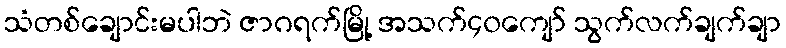
သံတစ်ချောင်းမပါဘဲ ဇာဂရက်မြို့ အသက်၄၀ကျော် သွက်လက်ချက်ချာ